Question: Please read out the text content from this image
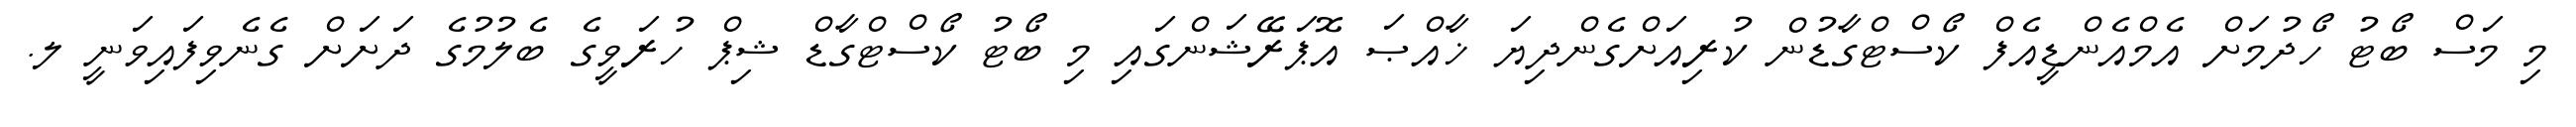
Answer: މި މަސް ބޯޓު ހޯދުމަށް އެމްއެންޑީއެފް ކޯސްޓްގާޑުން ކުރިއަށްގެންދިޔަ ޚާއްޞަ އޮޕަރޭޝަންގައި މި ބޯޓު ކޯސްޓްގާޑް ޝިޕް ހުރަވީގެ ބެލުމުގެ ދަށަށް ގެނެވިފައިވަނީ ލ.